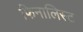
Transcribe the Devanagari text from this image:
फिनालिस्ट